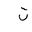
Letter: _ta